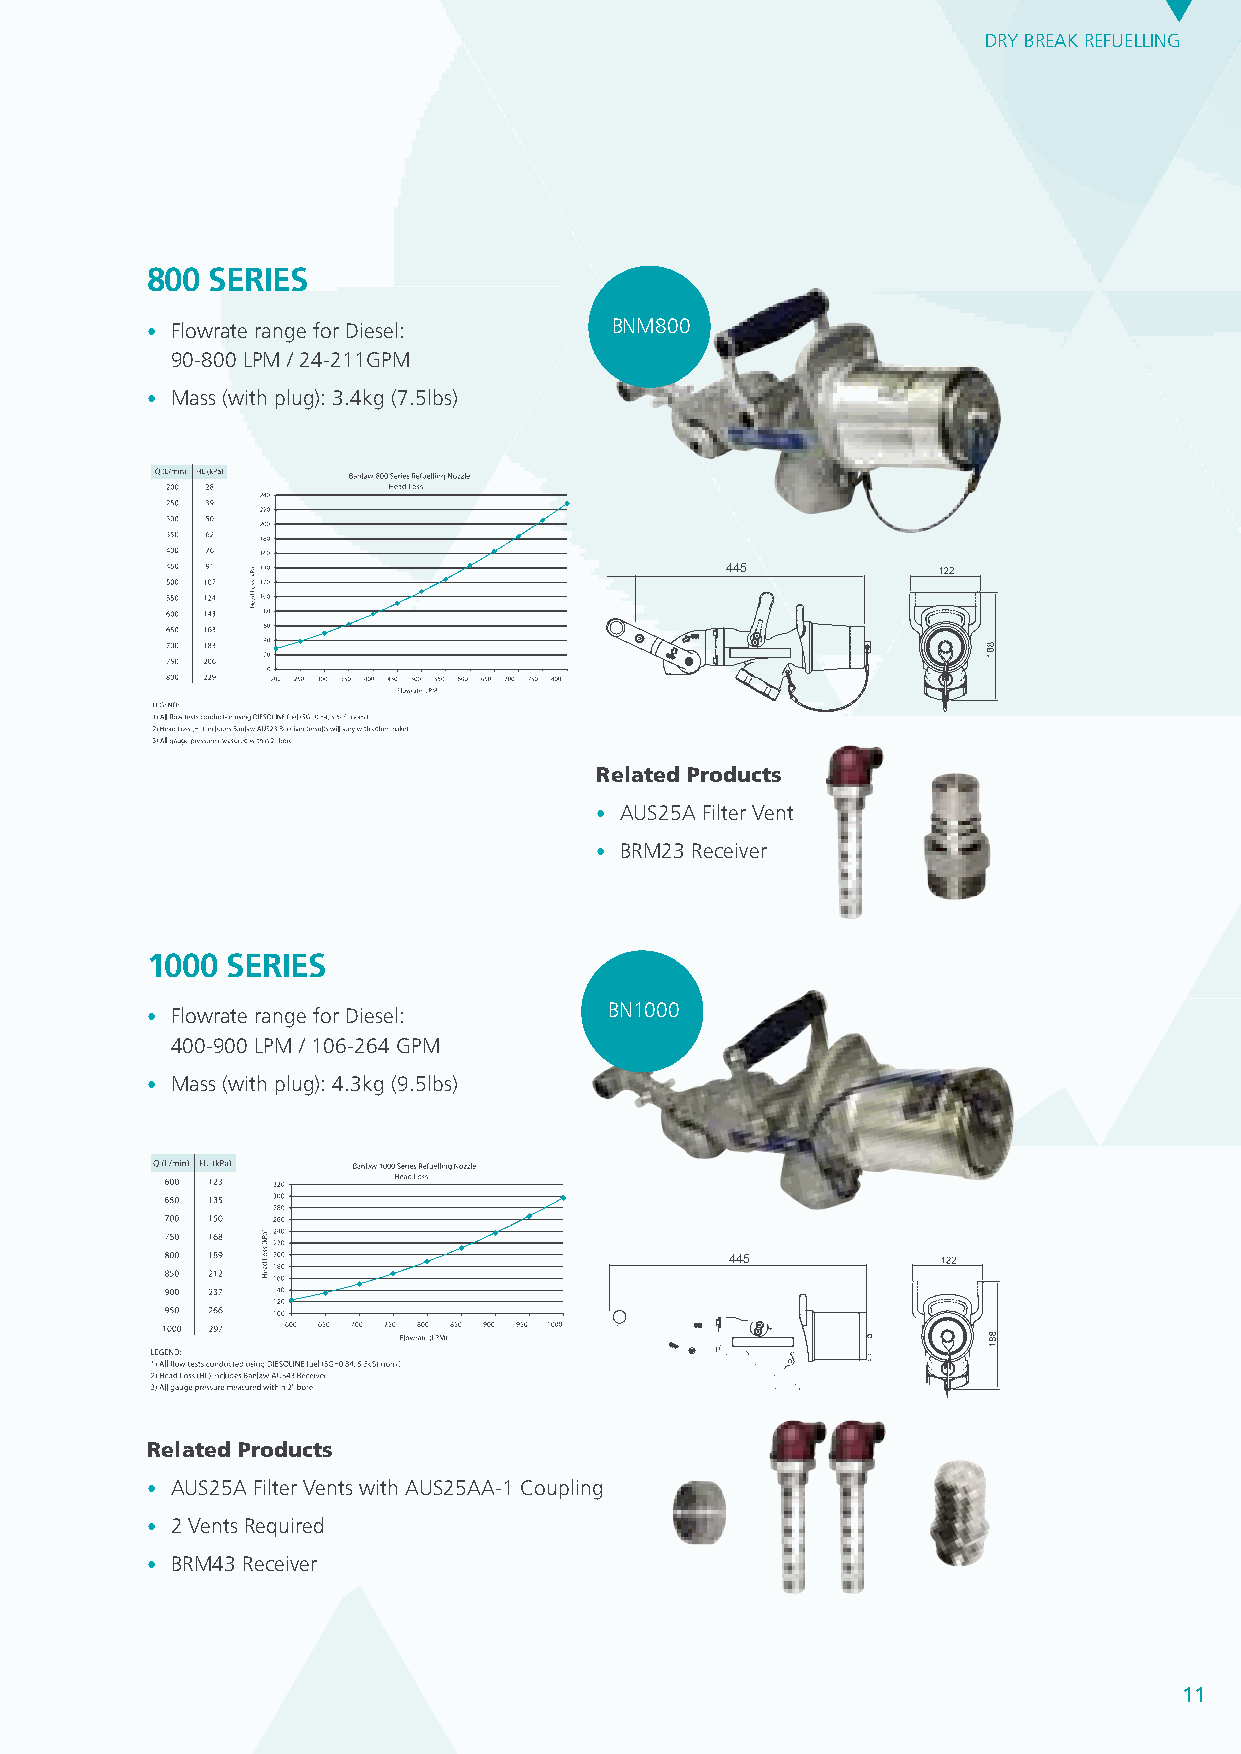
DRY BREAK REFUELLING
 800 SERIES
 • Flowrate range for Diesel:  BNM800
 90-800 LPM / 24-211GPM
 • Mass (with plug): 3.4kg (7.5lbs)
 BPJN800M
 445
 BPJN800M
 445
 Related products
 BPM1000M
 BPJN800M
 • AUS25A Filter Vent
 445
 445
 • BPBMR10M002M3 Receiver
 445
 BPJN800M
 445
 1000 SERIES
 • Flowrate range for Diesel:  BN1000
 400-900 LPM / 106-264 GPM
 • Mass (with plug): 4.3kg (9.5lbs)
 BPM1000M
 445
 BPM1000M
 445
 Related products
 • AUS25A Filter Vents with AUS25AA-1 Coupling
 • 2 Vents Required
 • BRM43 Receiver
 11